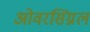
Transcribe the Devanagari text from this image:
ओवरसिग्नल